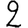
Digit: 2